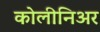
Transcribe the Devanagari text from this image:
कोलीनिअर